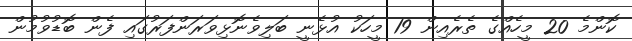
ކޮންމެ 20 މީހެއްގެ ތެރެއިން 19 މީހަކު އުޅެނީ ބަލިވެނޮޅިވަރަންފަރުގައި ފެން ބޮޑުވުމުން